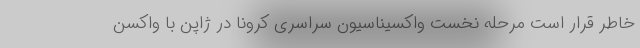
خاطر قرار است مرحله نخست واکسیناسیون سراسری کرونا در ژاپن با واکسن